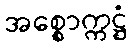
အစ္စောက္ကဋ္ဌံ